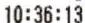
10:36:13